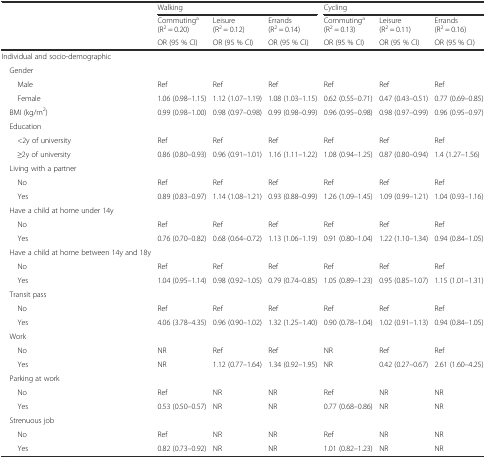
<table><thead><tr><td></td><td colspan="3"><b>Walking</b></td><td colspan="3"><b>Cycling</b></td></tr><tr><td></td><td><b>Commuting<sup>a</sup> (R<sup>2</sup> = 0.20)</b></td><td><b>Leisure (R<sup>2</sup> = 0.12)</b></td><td><b>Errands (R<sup>2</sup> = 0.14)</b></td><td><b>Commuting<sup>a</sup> (R<sup>2</sup> = 0.13)</b></td><td><b>Leisure (R<sup>2</sup> = 0.11)</b></td><td><b>Errands (R<sup>2</sup> = 0.16)</b></td></tr><tr><td></td><td><b>OR (95 % CI)</b></td><td><b>OR (95 % CI)</b></td><td><b>OR (95 % CI)</b></td><td><b>OR (95 % CI)</b></td><td><b>OR (95 % CI)</b></td><td><b>OR (95 % CI)</b></td></tr></thead><tbody><tr><td>Individual and socio-demographic</td><td></td><td></td><td></td><td></td><td></td><td></td></tr><tr><td> Gender</td><td></td><td></td><td></td><td></td><td></td><td></td></tr><tr><td>Male</td><td>Ref</td><td>Ref</td><td>Ref</td><td>Ref</td><td>Ref</td><td>Ref</td></tr><tr><td>Female</td><td>1.06 (0.98–1.15)</td><td>1.12 (1.07–1.19)</td><td>1.08 (1.03–1.15)</td><td>0.62 (0.55–0.71)</td><td>0.47 (0.43–0.51)</td><td>0.77 (0.69–0.85)</td></tr><tr><td> BMI (kg/m<sup>2</sup>)</td><td>0.99 (0.98–1.00)</td><td>0.98 (0.97–0.98)</td><td>0.99 (0.98–0.99)</td><td>0.96 (0.95–0.98)</td><td>0.98 (0.97–0.99)</td><td>0.96 (0.95–0.97)</td></tr><tr><td> Education</td><td></td><td></td><td></td><td></td><td></td><td></td></tr><tr><td>&lt;2y of university</td><td>Ref</td><td>Ref</td><td>Ref</td><td>Ref</td><td>Ref</td><td>Ref</td></tr><tr><td>≥2y of university</td><td>0.86 (0.80–0.93)</td><td>0.96 (0.91–1.01)</td><td>1.16 (1.11–1.22)</td><td>1.08 (0.94–1.25)</td><td>0.87 (0.80–0.94)</td><td>1.4 (1.27–1.56)</td></tr><tr><td> Living with a partner</td><td></td><td></td><td></td><td></td><td></td><td></td></tr><tr><td>No</td><td>Ref</td><td>Ref</td><td>Ref</td><td>Ref</td><td>Ref</td><td>Ref</td></tr><tr><td>Yes</td><td>0.89 (0.83–0.97)</td><td>1.14 (1.08–1.21)</td><td>0.93 (0.88–0.99)</td><td>1.26 (1.09–1.45)</td><td>1.09 (0.99–1.21)</td><td>1.04 (0.93–1.16)</td></tr><tr><td> Have a child at home under 14y</td><td></td><td></td><td></td><td></td><td></td><td></td></tr><tr><td>No</td><td>Ref</td><td>Ref</td><td>Ref</td><td>Ref</td><td>Ref</td><td>Ref</td></tr><tr><td>Yes</td><td>0.76 (0.70–0.82)</td><td>0.68 (0.64–0.72)</td><td>1.13 (1.06–1.19)</td><td>0.91 (0.80–1.04)</td><td>1.22 (1.10–1.34)</td><td>0.94 (0.84–1.05)</td></tr><tr><td> Have a child at home between 14y and 18y</td><td></td><td></td><td></td><td></td><td></td><td></td></tr><tr><td>No</td><td>Ref</td><td>Ref</td><td>Ref</td><td>Ref</td><td>Ref</td><td>Ref</td></tr><tr><td>Yes</td><td>1.04 (0.95–1.14)</td><td>0.98 (0.92–1.05)</td><td>0.79 (0.74–0.85)</td><td>1.05 (0.89–1.23)</td><td>0.95 (0.85–1.07)</td><td>1.15 (1.01–1.31)</td></tr><tr><td> Transit pass</td><td></td><td></td><td></td><td></td><td></td><td></td></tr><tr><td>No</td><td>Ref</td><td>Ref</td><td>Ref</td><td>Ref</td><td>Ref</td><td>Ref</td></tr><tr><td>Yes</td><td>4.06 (3.78–4.35)</td><td>0.96 (0.90–1.02)</td><td>1.32 (1.25–1.40)</td><td>0.90 (0.78–1.04)</td><td>1.02 (0.91–1.13)</td><td>0.94 (0.84–1.05)</td></tr><tr><td> Work</td><td></td><td></td><td></td><td></td><td></td><td></td></tr><tr><td>No</td><td>NR</td><td>Ref</td><td>Ref</td><td>NR</td><td>Ref</td><td>Ref</td></tr><tr><td>Yes</td><td>NR</td><td>1.12 (0.77–1.64)</td><td>1.34 (0.92–1.95)</td><td>NR</td><td>0.42 (0.27–0.67)</td><td>2.61 (1.60–4.25)</td></tr><tr><td> Parking at work</td><td></td><td></td><td></td><td></td><td></td><td></td></tr><tr><td>No</td><td>Ref</td><td>NR</td><td>NR</td><td>Ref</td><td>NR</td><td>NR</td></tr><tr><td>Yes</td><td>0.53 (0.50–0.57)</td><td>NR</td><td>NR</td><td>0.77 (0.68–0.86)</td><td>NR</td><td>NR</td></tr><tr><td> Strenuous job</td><td></td><td></td><td></td><td></td><td></td><td></td></tr><tr><td>No</td><td>Ref</td><td>NR</td><td>NR</td><td>Ref</td><td>NR</td><td>NR</td></tr><tr><td>Yes</td><td>0.82 (0.73–0.92)</td><td>NR</td><td>NR</td><td>1.01 (0.82–1.23)</td><td>NR</td><td>NR</td></tr></tbody></table>